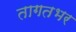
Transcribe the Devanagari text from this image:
तागतभर